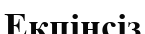
Екпінсіз